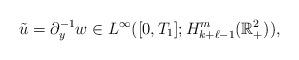
LaTeX: \begin{align*}\tilde{u}=\partial^{-1}_y w\in L^\infty([0, T_1]; H^{m}_{k+\ell-1}(\mathbb{R}^2_+)),\end{align*}